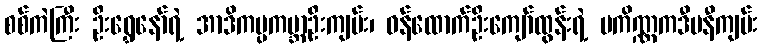
စစ်ကဲကြီး ဦးရွှေနော်ရဲ့ အာဒိကပ္ပကမ္ဘာဦးကျမ်း၊ ဝန်ထောက်ဦးကျော်ထွန်းရဲ့ ပကိဏ္ဏကဒီပနီကျမ်း